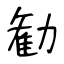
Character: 勧